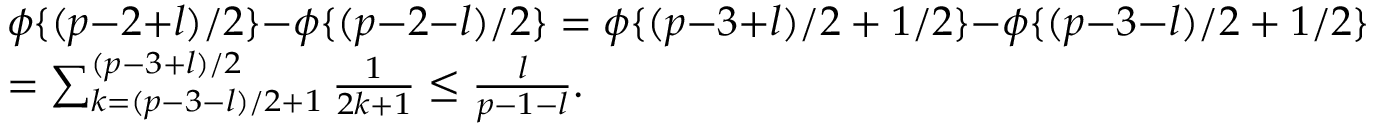
\begin{array} { r l } & { \phi \{ ( p { - } 2 { + } l ) / 2 \} { - } \phi \{ ( p { - } 2 { - } l ) / 2 \} = \phi \{ ( p { - } 3 { + } l ) / 2 + 1 / 2 \} { - } \phi \{ ( p { - } 3 { - } l ) / 2 + 1 / 2 \} } \\ & { = \sum _ { k = ( p { - } 3 { - } l ) / 2 + 1 } ^ { ( p { - } 3 { + } l ) / 2 } \frac { 1 } { 2 k + 1 } \leq \frac { l } { p - 1 - l } . } \end{array}